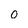
Character: 0